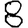
Digit: 8